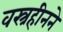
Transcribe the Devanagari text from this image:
वस्त्रहीनने